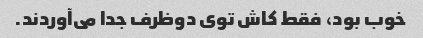
خوب بود، فقط کاش توی دوظرف جدا می‌آوردند.